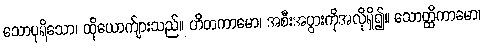
သောပုရိသော၊ ထိုယောက်ျားသည်။ ဟိတကာမော၊ အစီးအပွားကိုအလိုရှိ၍။ သောတ္ထိကာမော၊